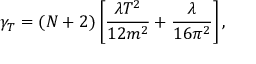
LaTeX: \gamma _ { T } = ( N + 2 ) \left[ \frac { \lambda T ^ { 2 } } { 1 2 m ^ { 2 } } + \frac { \lambda } { 1 6 \pi ^ { 2 } } \right] ,